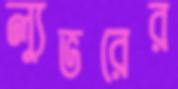
ল্যুভরের